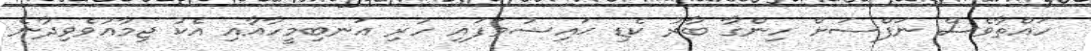
ހައްތާވެސް ނަފްސަށް ހިންގާ ބާރު ކެޑި ޙައިޟުވަފައި ހުރި އަނބިމީހާއާއި އެކު ޖިމާޢުވެވިދާނެ